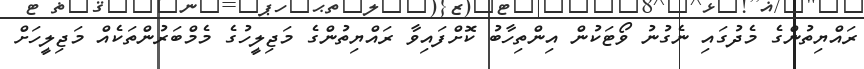
ރައްޔިތުންގެ މެދުގައި ނެގުނު ވޯޓަކުން އިންތިހާބު ކޮށްފައިވާ ރައްޔިތުންގެ މަޖިލީހުގެ މެމްބަރުންތަކެއް މަޖިލީހަށް